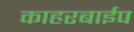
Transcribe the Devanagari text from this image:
काहरबाईप